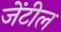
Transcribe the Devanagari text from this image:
जेंटील